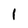
Character: 1